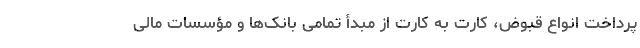
پرداخت انواع قبوض، کارت به کارت از مبدأ تمامی بانک‌ها و مؤسسات مالی